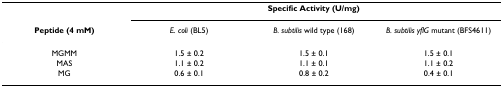
<table><thead><tr><td></td><td colspan="3"><b>Specific Activity (U/mg)</b></td></tr><tr><td><b>Peptide (4 mM)</b></td><td><b><i>E. coli </i>(BL5)</b></td><td><b><i>B. subtilis </i>wild type (168)</b></td><td><b><i>B. subtilis yflG </i>mutant (BFS4611)</b></td></tr></thead><tbody><tr><td>MGMM</td><td>1.5 ± 0.2</td><td>1.5 ± 0.1</td><td>1.5 ± 0.1</td></tr><tr><td>MAS</td><td>1.1 ± 0.2</td><td>1.1 ± 0.1</td><td>1.1 ± 0.2</td></tr><tr><td>MG</td><td>0.6 ± 0.1</td><td>0.8 ± 0.2</td><td>0.4 ± 0.1</td></tr></tbody></table>